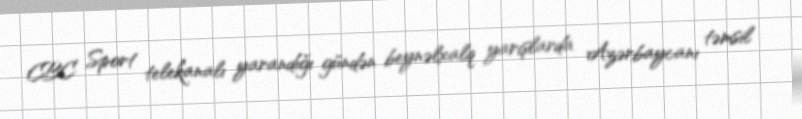
CBC Sport telekanalı yarandığı gündən beynəlxalq yarışlarda Azərbaycanı təmsil